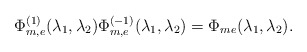
\begin{align*} \Phi_{m,e}^{(1)}(\lambda_1,\lambda_2)\Phi_{m,e}^{(-1)}(\lambda_1,\lambda_2)=\Phi_{me}(\lambda_1,\lambda_2).\end{align*}